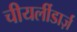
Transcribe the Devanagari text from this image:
चीयर्लीडार्ज़